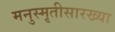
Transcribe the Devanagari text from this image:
मनुस्मृतीसारख्या